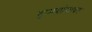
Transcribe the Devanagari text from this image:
शुभयोगावर